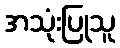
အသုံးပြုသူ